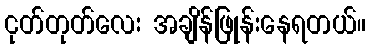
ငုတ်တုတ်လေး အချိန်ဖြုန်းနေရတယ်။